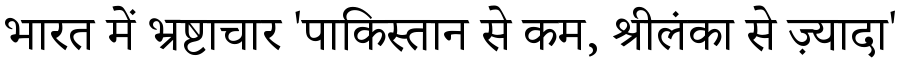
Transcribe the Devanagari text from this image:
भारत में भ्रष्टाचार 'पाकिस्तान से कम, श्रीलंका से ज़्यादा'